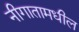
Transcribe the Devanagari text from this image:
नीगातामधील